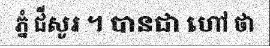
ភ្នំ ជីសូរ ។ បានជា ហៅ ថា